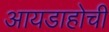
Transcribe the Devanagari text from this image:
आयडाहोची